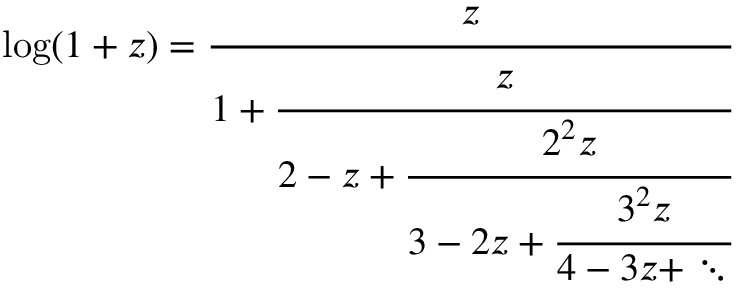
\log ( 1 + z ) = { \cfrac { z } { 1 + { \cfrac { z } { 2 - z + { \cfrac { 2 ^ { 2 } z } { 3 - 2 z + { \cfrac { 3 ^ { 2 } z } { 4 - 3 z + \ddots } } } } } } } }